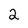
Character: 2